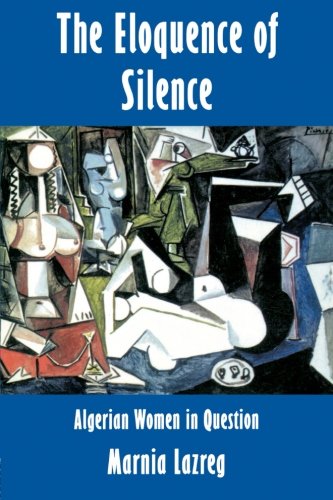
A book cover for The Eloquence of Silence: Algerian Women in Question; Marnia Lazreg; History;